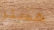
هستر